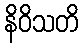
နိဝိသတိ